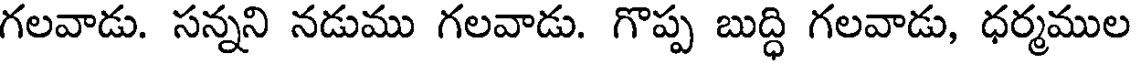
గలవాడు. సన్నని నడుము గలవాడు. గొప్ప బుద్ధి గలవాడు, ధర్మముల